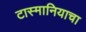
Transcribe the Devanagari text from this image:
टास्मानियाचा